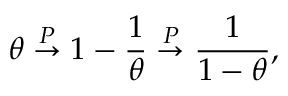
\theta \stackrel { P } { \to } 1 - \frac { 1 } { \theta } \stackrel { P } { \to } \frac { 1 } { 1 - \theta } ,